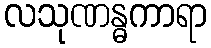
လသုဏန္ဓကာရာ